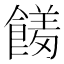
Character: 𮩊